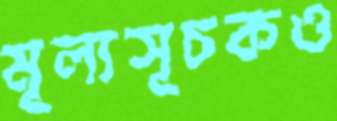
মূল্যসূচকও